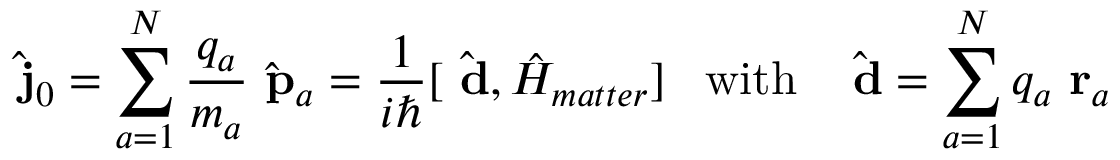
\hat { \mathrm { \bf ~ j } } _ { 0 } = \sum _ { a = 1 } ^ { N } \frac { q _ { a } } { m _ { a } } \hat { \mathrm { \bf ~ p } } _ { a } = \frac { 1 } { i \hbar } [ \hat { \mathrm { \bf ~ d } } , \hat { H } _ { m a t t e r } ] \; \; \; \mathrm { w i t h } \; \; \; \hat { \mathrm { \bf ~ d } } = \sum _ { a = 1 } ^ { N } q _ { a } \mathrm { \bf ~ r } _ { a }